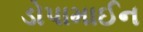
ડોપામાઈન